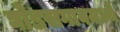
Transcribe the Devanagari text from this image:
घोडसगावमध्ये